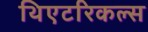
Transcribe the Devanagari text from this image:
थिएटरिकल्स